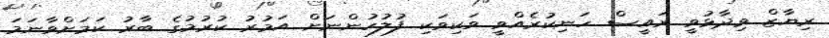
ރިޔާޒް ވިދާޅުވީ ރައީސް ހަނިކުރެއްވީ ވަކިވަކި ފުލުހުންނަށް އަމުރު ކުރުމުގެ ބާރު ކަމަށްވާނަމަ